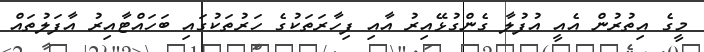
މީގެ އިތުރުން އެއީ އުފުލާ ގެންގުޅޭއިރު އާއި ފިހާރަތަކުގެ ހަރުތަކުގައި ބަހައްޓާއިރު އާފަލުތައް